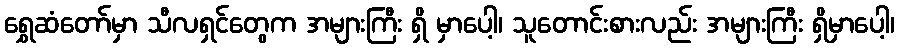
ရွှေဆံတော်မှာ သီလရှင်တွေက အများကြီး ရှိ မှာပေါ့၊ သူတောင်းစားလည်း အများကြီး ရှိမှာပေါ့၊